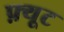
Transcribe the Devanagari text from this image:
फ़्यूट